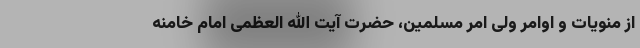
از منویات و اوامر ولی امر مسلمین، حضرت آیت الله العظمی امام خامنه